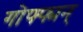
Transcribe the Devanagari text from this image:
गोफ्फ्मन्